Manual of the Civil Veterinary Department, Central Provinces and Berar
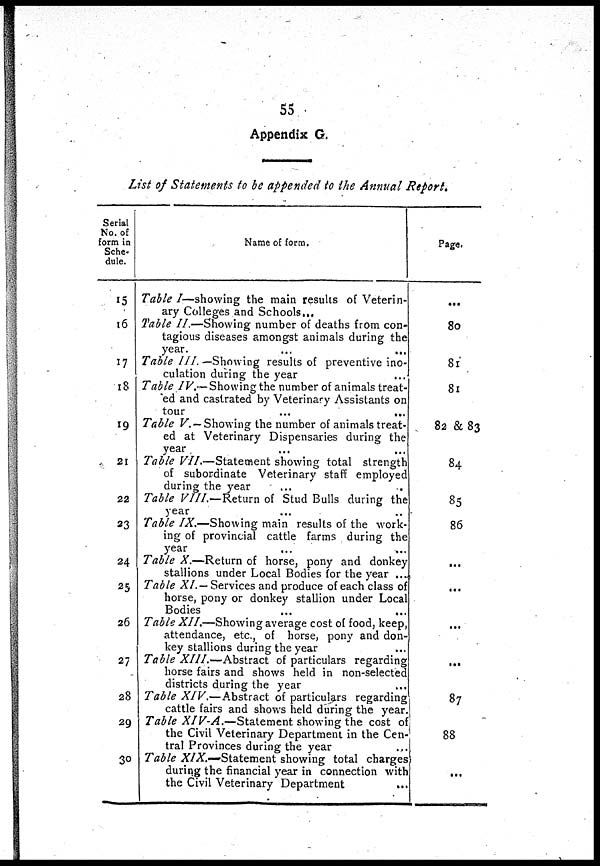
55
Appendix G.
List of Statements to be appended to the Annual Report.
Serial
No. of
form in
Sche*
dule.
15
16
17
18
19
21
22
23
24
25
26
27
28
29
30
Name of form.
Table I—showing the main results of Veterin-
ary Colleges and Schools...
Table II.—Showing number of deaths from con-
tagious diseases amongst animals during the
year.
Table III. — Showing results of preventive ino-
culation during the year
Table IV.—Showing the number of animals treat-
ed and castrated by Veterinary Assistants on
tour
...
...
Table V.— Showing the number of animals treat-
ed at Veterinary Dispensaries during the
year
Table VII.—Statement showing total strength
of subordinate Veterinary staff employed
during the year
Table VIII.—Return of Stud Bulls during the
year
Table IX.—Showing main results of the work-
ing of provincial cattle farms during the
year
Table X.—Return of horse, pony and donkey
stallions under Local Bodies for the year ...
Table XI.— Services and produce of each class ol
horse, pony or donkey stallion under Local
Bodies
Table XII.—Showing average cost of food, keep,
attendance, etc., of horse, pony and don-
key stallions during the year
Table XIII.—Abstract
of particulars regarding
horse fairs and shows held in non-selectec
districts during the year
Table XIV.—Abstract
of particulars regarding
cattle fairs and shows held during the year
Table XIV-A.—Statement
showing the cost of
the Civil Veterinary Department in the Cen-
tral Provinces during the year
Table XIX.—Statement showing total charges
during the financial year in connection with
the Civil Veterinary Department
Page.
...
80
81
81
82 & 83
84
85
86
...
...
...
...
87
88
...